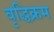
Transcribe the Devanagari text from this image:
वृद्धिक्रम